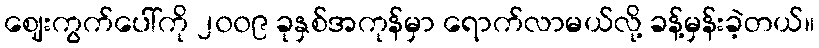
ဈေးကွက်ပေါ်ကို ၂၀၀၉ ခုနှစ်အကုန်မှာ ရောက်လာမယ်လို့ ခန့်မှန်းခဲ့တယ်။